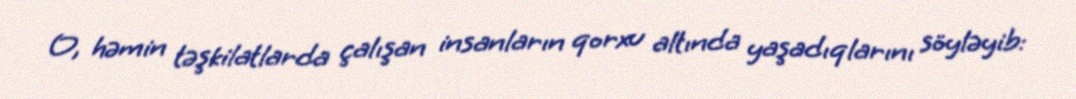
O, həmin təşkilatlarda çalışan insanların qorxu altında yaşadıqlarını söyləyib: